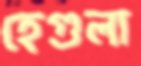
হেগুলা